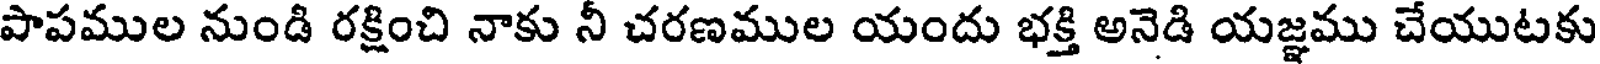
పాపముల నుండి రక్షించి నాకు నీ చరణముల యందు భక్తి అనెడి యజ్ఞము చేయుటకు